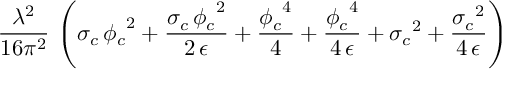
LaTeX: \frac { { \lambda } ^ { 2 } } { 1 6 \pi ^ { 2 } } \, \left( { { \sigma } _ { c } } \, { { { \phi } _ { c } } } ^ { 2 } + \frac { { { \sigma } _ { c } } \, { { { \phi } _ { c } } } ^ { 2 } } { 2 \, \epsilon } + \frac { { { { \phi } _ { c } } } ^ { 4 } } { 4 } + \frac { { { { \phi } _ { c } } } ^ { 4 } } { 4 \, \epsilon } + { { { \sigma } _ { c } } } ^ { 2 } + \frac { { { { \sigma } _ { c } } } ^ { 2 } } { 4 \, \epsilon } \right)